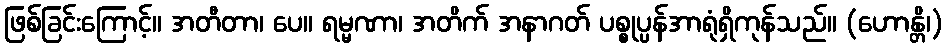
ဖြစ်ခြင်းကြောင့်။ အတီတာ၊ ပေ။ ရမ္မဏာ၊ အတိက် အနာဂတ် ပစ္စုပ္ပန်အာရုံရှိကုန်သည်။ (ဟောန္တိ၊)